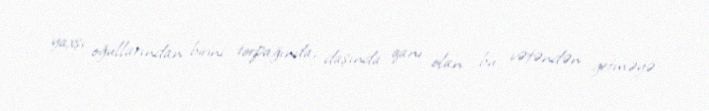
yaxşı oğullarından birini torpağında, daşında qanı olan bu vətəndən getməyə